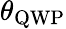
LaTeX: \theta_{\mathrm{QWP}}